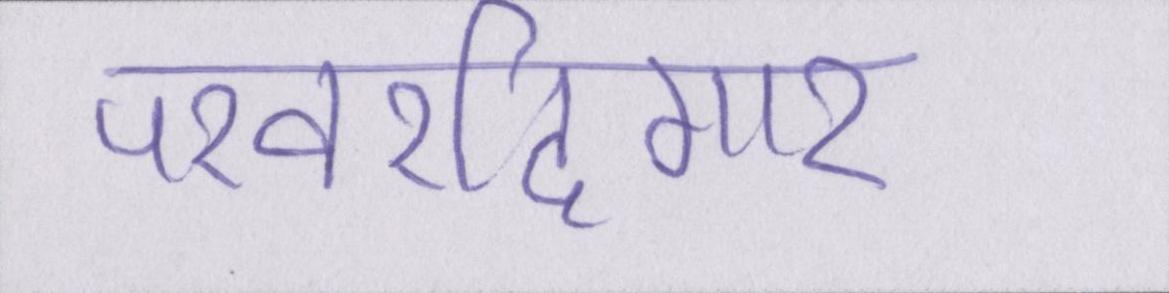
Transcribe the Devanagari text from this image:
परवरदिगार